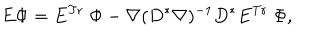
E \Phi = E ^ { \mathrm { T r } } \; \Phi - \nabla ( D ^ { * } \nabla ) ^ { - 1 } D ^ { * } E ^ { \mathrm { T r } } \; \Phi ,